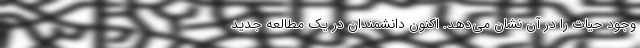
وجود حیات را در آن نشان می‌دهد. اکنون دانشمندان در یک مطالعه جدید